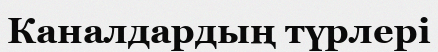
Каналдардың түрлері